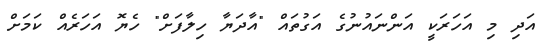
އަދި މި އަހަރަކީ އަންނައުނުގެ އަގުތައް "އާދަޔާ ހިލާފަށް" ހެޔޮ އަހަރެއް ކަމަށް